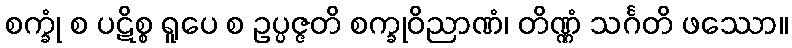
စက္ခုံ စ ပဋိစ္စ ရူပေ စ ဥပ္ပဇ္ဇတိ စက္ခုဝိညာဏံ၊ တိဏ္ဏံ သင်္ဂတိ ဖဿော။